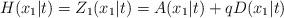
LaTeX: \begin{align*}H(x_1|t)=Z_{1}(x_1|t)=A(x_1|t)+qD(x_1|t)\end{align*}